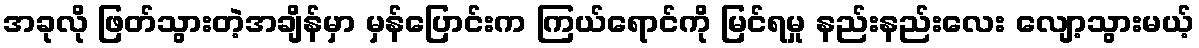
အခုလို ဖြတ်သွားတဲ့အချိန်မှာ မှန်ပြောင်းက ကြယ်ရောင်ကို မြင်ရမှု နည်းနည်းလေး လျော့သွားမယ့်